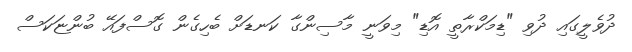
ދުވެލީގައި ދުވި "ޑިމަކްރާތީ އޮޑި" މިވަނީ މާސިންގާ ކަނޑަށް ބެހިގެން ގޮސްފައޭ ބުންޏަކަސް